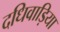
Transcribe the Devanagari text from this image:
दधिवाड़िया